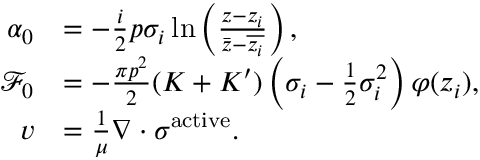
\begin{array} { r l } { \alpha _ { 0 } } & { = - \frac { i } { 2 } p \sigma _ { i } \ln \left( \frac { z - z _ { i } } { \bar { z } - \overline { { z _ { i } } } } \right) , } \\ { \mathcal F _ { 0 } } & { = - \frac { \pi p ^ { 2 } } { 2 } ( K + K ^ { \prime } ) \left( \sigma _ { i } - \frac { 1 } { 2 } \sigma _ { i } ^ { 2 } \right) \varphi ( z _ { i } ) , } \\ { v } & { = \frac { 1 } { \mu } \nabla \cdot \sigma ^ { \mathrm { a c t i v e } } . } \end{array}